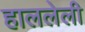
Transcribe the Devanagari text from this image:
हाललेली